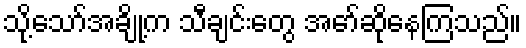
သို့သော်အချို့က သီချင်းတွေ အော်ဆိုနေကြသည်။